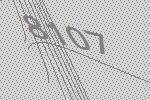
8107